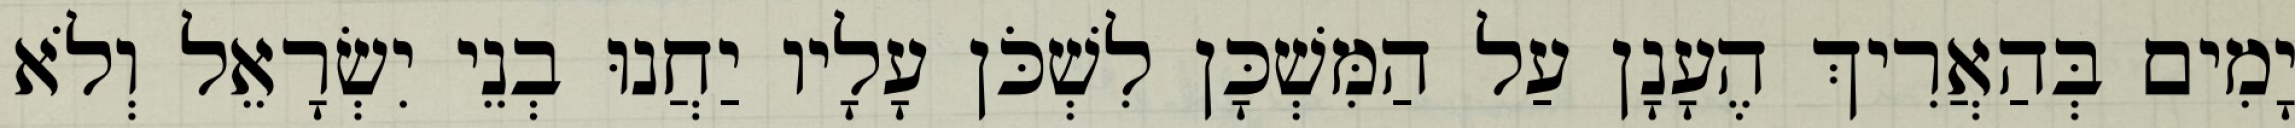
יָמִים בְּהַאֲרִיךְ הֶעָנָן עַל הַמִּשְׁכָּן לִשְׁכֹּן עָלָיו יַחֲנוּ בְנֵי יִשְׂרָאֵל וְלֹא